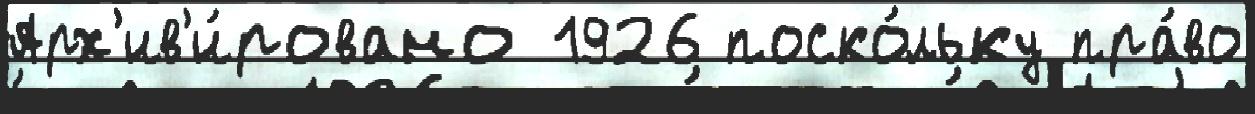
Арх'ив'и́ровано 1926 поско́льку пра́во